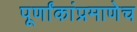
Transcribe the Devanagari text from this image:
पूर्णांकांप्रमाणेच